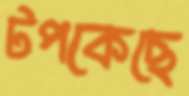
টপকেছে